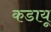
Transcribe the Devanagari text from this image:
कडायू